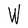
Character: W